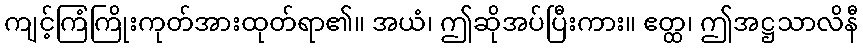
ကျင့်ကြံကြိုးကုတ်အားထုတ်ရာ၏။ အယံ၊ ဤဆိုအပ်ပြီးကား။ ဧတ္ထ၊ ဤအဋ္ဌသာလိနီ